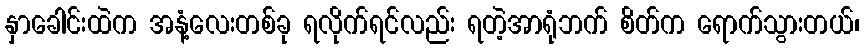
နှာခေါင်းထဲက အနံ့လေးတစ်ခု ရလိုက်ရင်လည်း ရတဲ့အာရုံဘက် စိတ်က ရောက်သွားတယ်၊